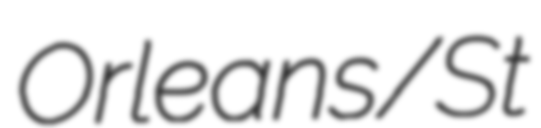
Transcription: Orleans/St